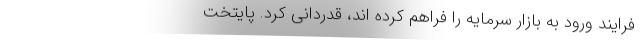
فرایند ورود به بازار سرمایه را فراهم کرده اند، قدردانی کرد. پایتخت